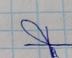
Signature authenticity: forged